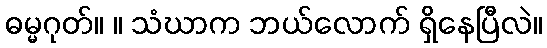
ဓမ္မဂုတ်။ ။ သံဃာက ဘယ်လောက် ရှိနေပြီလဲ။